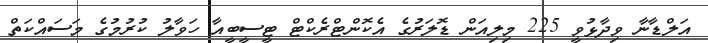
އަލްޑާނާ ވިދާޅުވީ 225 މިލިއަން ޑޮލަރުގެ އެކޮންޓްރެކްޓް ޓީސީބީއާ ހަވާލު ކުރުމުގެ މަސައްކަތް